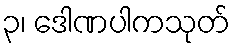
၃၊ ဒေါဏပါကသုတ်